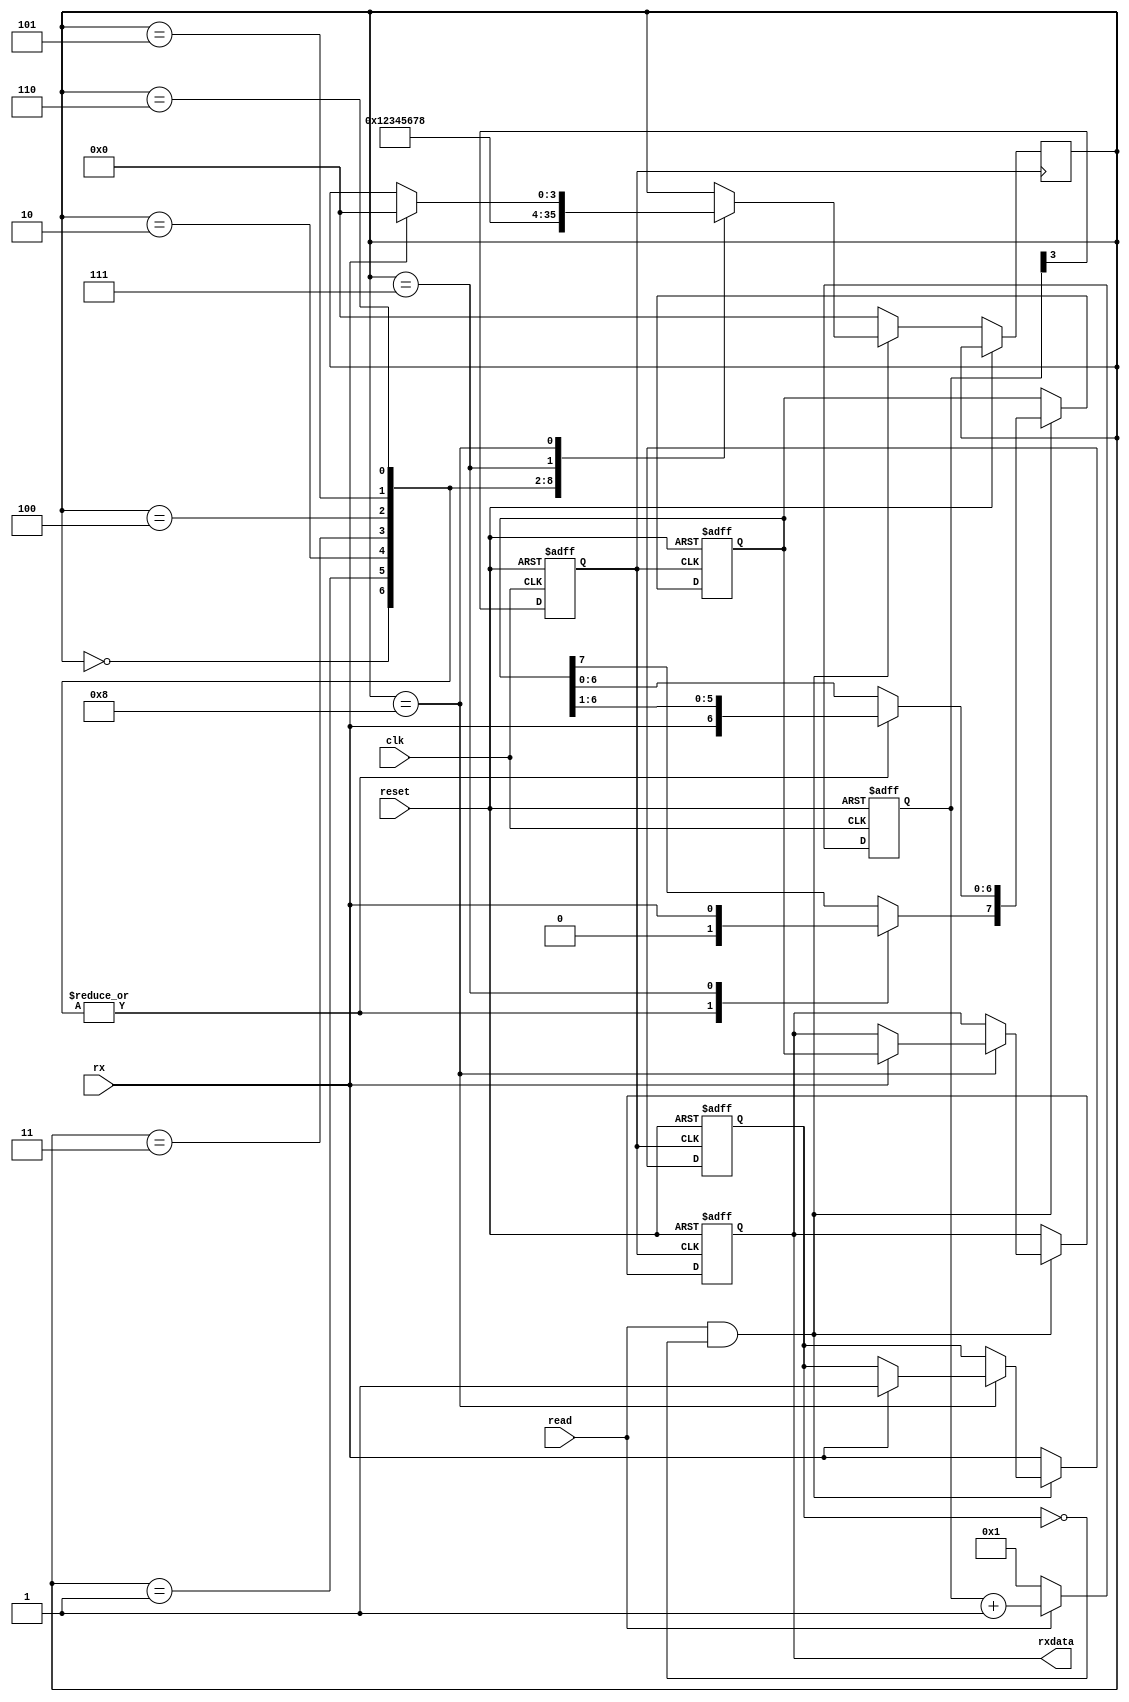
module rx (clk, read, rx, reset,rxdata);


input         clk;		// Input clock, 16 x baudrate clock used for synchronisation.
input         read;			// Read strobe.
input	      rx;		  	// Receive input line.  
input	      reset;		// Global Reset.

// 8 bit latched output data bus.
output      [7:0] rxdata;		reg 	[7:0]rxdata;	   // 8 bit output data bus

reg [3:0] rcnt;
reg       rxclk;
reg [7:0] rsr;
reg [3:0] rstate;
reg       rxstop;
reg       rxrdy;


always@(posedge clk or posedge reset)
   begin
     if(reset)
       rcnt <= 4'b0001;
     else if(read)
          rcnt <= rcnt + 1;
     else
          rcnt <= 4'b0001;
     
    
   end
   
always@(posedge clk or posedge reset)
   begin
       if(reset)
    rxclk <= 1'b0;
    else
     rxclk <= rcnt[3];
   end

always@(posedge rxclk or posedge reset)
   if(reset)
     begin
     rsr  =  8'hff;
     rxrdy = 1'b1;
     rxstop = 1'b0;
     rxdata = 4'b1111;
     end
   else if(read && !rxrdy)
     case(rstate)
     4'b0000 :begin rsr[7] =rx; rsr =rsr>>1;rstate =4'b0001;end
     4'b0001 :begin rsr[7] =rx; rsr =rsr>>1;rstate =4'b0010;end
     4'b0010 :begin rsr[7] =rx; rsr =rsr>>1;rstate =4'b0011;end
     4'b0011 :begin rsr[7] =rx; rsr =rsr>>1;rstate =4'b0100;end
     4'b0100 :begin rsr[7] =rx; rsr =rsr>>1;rstate =4'b0101;end
     4'b0101 :begin rsr[7] =rx; rsr =rsr>>1;rstate =4'b0110;end
     4'b0110 :begin rsr[7] =rx; rsr =rsr>>1;rstate =4'b0111;end
     4'b0111 :begin rsr[7] =rx; rstate =4'b1000;            end
     4'b1000 :begin rxstop = rx; if(rxstop) begin rxrdy =1'b1; rxdata = rsr; rstate =4'b0000; end      end
     endcase
   else
     begin
     rxrdy = rx;
     rstate = 4'b0000;
     rxstop = 1'b0;
     end 

endmodule